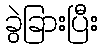
ခွဲခြားပြီး